King Institute of Preventive Medicine Micro-Biological Section reports 1909-11
Year: 1909
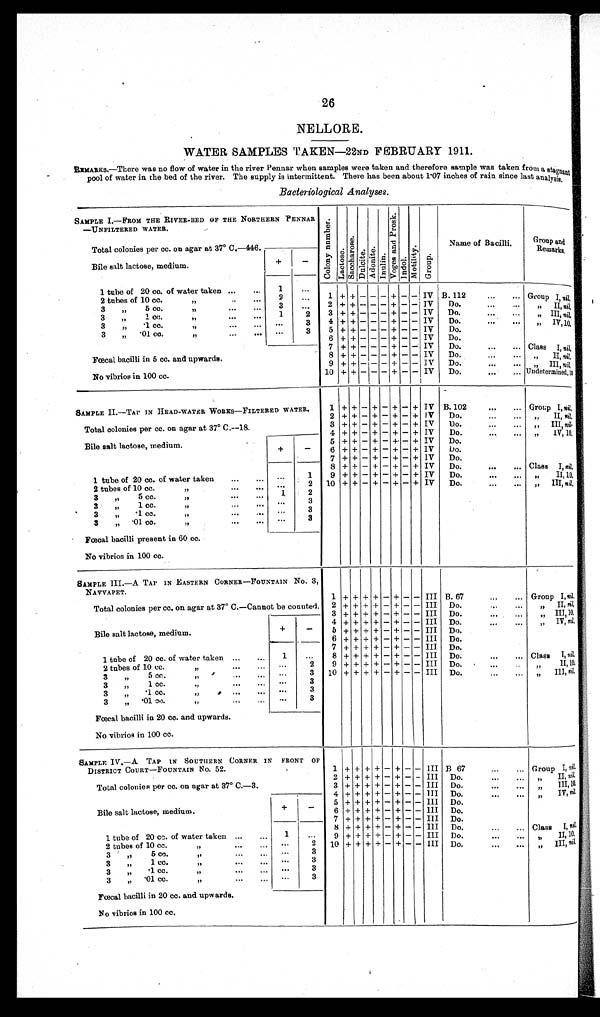
26
NELLORE.
WATER SAMPLES TAKEN—22ND FEBRUARY 1911.
REMARKS.—There was no flow of water in the river Pennar when samples were taken and therefore sample was taken from a sta
gnant pool of water in the bed of the river. The supply is intermittent. There has been about 1.07 inches of rain since last analysis.
Bacteriological Analyses.
SAMPLE I.—FROM THE RIVER-BED OF THE NORTHERN PENNAR
—UNFILTERED WATER.
C o l o n y n u m b e r .
L a c t o s e . S a c c h a r o s e .
D u l c i t e .
A d o n i t e .
I n u l i n .
V o g e s a n d P r o s k . I n d o l .
M o t i l i t y . G r o u p .
Name of Bacilli.
Group and
Remarks.
Total colonies per cc. on agar at 37° C.—446.
Bile salt lactose, medium.
+
-
1 tube of 20 cc. of water taken ...
...
1
. . .
1 + +
- - - +
-
-
IV B. 112
G r o u p I ,n
i l.
2 tubes of 10 cc.
„
..
...
2
. . .
3 „ 5 cc. „
3
. . .
2 + +
- - - +
- - IV
Do.
„ I I ,n
i l.
3 „ 1 cc.
„
..
...
1
2
3
+ + - - -
+
-
- IV
Do.
„ III, n i l.
3 „ .1 cc. „ ...
. . .
3
4
+ + - - -
+
- - IV
Do.
„ I V , 1 0 .
3 „ .01 cc.
„
. . .
. . .
3
5
+ + - - -
+
- - IV
Do.
6
+ + - - -
+
- - IV
Do.
Fœcal bacilli in 5 cc. and upwards.
7
+ + - -
- +
- - IV
Do.
...
Class I,n i l
.
8 + +
- - - +
- - IV
Do.
...
...
„ II nil.
9
+ + - - -
+
- - IV
Do.
...
...
„ I I In
i l.
No vibrios in 100 cc.
10 + +
- - - +
- - IV
Do.
... Undetermined, 10.
SAMPLE II. —TAP IN HEAD-WATER WORKS—FILTERED WATER.
1 + +
- +
- +
- + IV B. 102
...
. . . Group I, n i l.
2
+ + - + - +
- + IV
Do.
...
...
„ II, n i l.
Total colonies per cc. on agar at 37° C.—18.
3 + +
- +
- +
- + IV
Do.
...
...
„ I I I ,n
i l.
4 + +
- +
- +
- + IV
Do.
„ 1 V , 1 0 .
Bile salt lactose, medium
+
-
5 + +
- +
- +
- + IV
Do.
6 + +
- +
- +
- + IV
Do.
7
+ + - + - +
- + IV
Do.
1 tube of 20 cc. of water taken
. . .
1
8 + +
- +
- +
- + IV
Do.
...
Class I, nil.
9 + +
- +
- +
- + IV
Do.
...
...
„ II,10.
2 tubes of 10 cc. „ ... ...
. . .
2
10 + +
- +
- +
- + IV
Do.
...
...
„ III, nil.
3 „ 5 cc. „...
...
1
2
3 „ 1 cc. „...
...
. . .
3
3 „ .1 cc. „.
...
. . .
3
3 „ .01 cc. „...
...
. . .
3
Fœcal bacilli present in 60 cc.
No vibrios in 100 cc.
SAMPLE III.—A TAP IN EASTERN CORNER—FOUNTAIN No. 3,
NAVVAPET.
1
+ + + +
- +
-
- III B. 67
...
... Group I , n i l.
Total colonies per cc. on agar at 37° C.—Cannot be counted.
2 + + + +
- +
- - III
Do.
...
„ I I ,n
i l.
3 + + + +
- +
- - III
Do.
„ I I I , 1 0 .
Bile salt lactose, medium.
+
-
4 + + + +
- +
- - III
Do.
„ I V ,n
i l .
5
+ + + +
- +
- - III
Do.
6 + + + +
- +
- -
I I I Do.
1 tube of 20 cc. of water taken ...
...
1
...
7
+ + + + - +
- - III
Do.
8 + + + +
- +
- - III
Do.
Class I, nil.
2 tubes of 10 cc.
. . .
2
9 + + + +
- +
- - III
Do.
„ II,10.
3 „ 5 cc.
„ .
... ...
. . .
3
10
+ + + + - +
- - III
Do.
„ I I I ,n
i l .
3 „ 1 cc.
...
...
. . .
3
3 „ .1 cc.
. . .
3
3 „ .01 cc.
...
3
Fœcal bacilli in 20 cc. and upwards.
No vibrios in 100 cc.
SAMPLE IV.—A TAP IN SOUTHERN CORNER IN
FRONT OF
DISTRICT COURT—FOUNTAIN No. 52.
1 + + + +
- +
- - III B. 67
. . .
Group I, nil.
2
+ + + + - +
- - III
Do.
„ I I ,n
i l.
Total colonies per cc. on agar at 37° C.—3.
3 + + + +
- +
- - III
Do.
„ III, 10.
4
+
+
+
+
- + - - III
Do.
„ I V ,n
i l.
Bile salt lactose, medium.
+
-
5
+ + + + - +
- - III
Do.
6 + + + +
- +
- -
I I I Do.
7 + + + +
- +
- - III
Do.
1 tube of 20 cc. of water taken ...
...
1
. . .
8 + + + +
- +
- - III
Do.
...
Class I, nil .
9 + + + +
- +
- - III
Do.
„ I I , 1 0 .
2 tubes of 10 cc.
„ ... ...
. . .
2
10 + + + +
- +
- - III Do.
„ III, n i l.
3 „ 5 cc.
„
...
...
. . .
3
3 „ 1 cc.
„
.. •
. . .
3
3 „ .1 cc.
„
...
...
. . .
3
3 „ .01 cc.
„ ...
...
. . .
3
Fœcal bacilli in 20 cc. and upwards.
No vibrios in 100 cc.